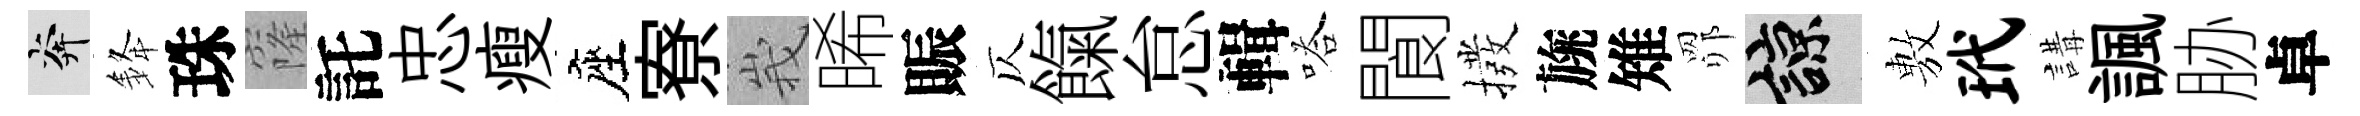
奔𨦟珠窿託忠瘦座寮峩晞賑仄餼怠輯嗒閬撥旐雉𦊑諒𢾾玳講諷胁卓